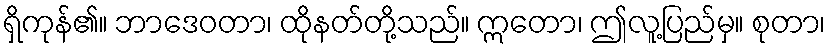
ရှိကုန်၏။ ဘာဒေဝတာ၊ ထိုနတ်တို့သည်။ ဣတော၊ ဤလူ့ပြည်မှ။ စုတာ၊